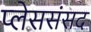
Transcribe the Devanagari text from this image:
प्लेससंसद